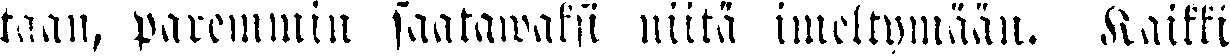
taan, paremmin saatawaksi niitä imeltymään. Kaikki